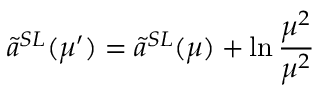
\tilde { a } ^ { S L } ( \mu ^ { \prime } ) = \tilde { a } ^ { S L } ( \mu ) + \ln \frac { \mu ^ { 2 } } { \mu ^ { 2 } }